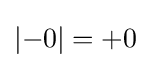
\left|-0\right|=+0\,\!